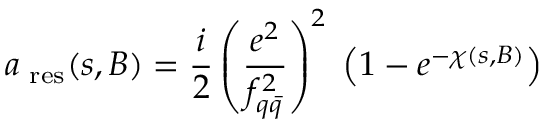
a _ { \mathrm { \scriptsize ~ r e s } } ( s , B ) = \frac { i } { 2 } \left( \frac { e ^ { 2 } } { f _ { q \bar { q } } ^ { 2 } } \right) ^ { 2 } \; \left( 1 - e ^ { - \chi ( s , B ) } \right)